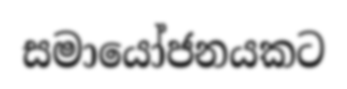
සමායෝජනයකට